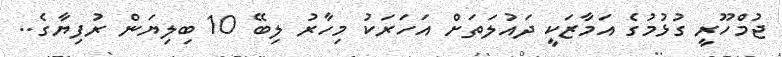
ޖުމްހޫރީ ގުޅުމުގެ އަމާޒަކީ ދައުލަތަށް އަހަރަކު މިހާރު ލިބޭ 10 ބިލިޔަން ރުފިޔާގެ..